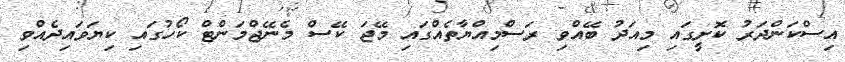
އިސްކަންދަރު ކޮށީގައި މިއަދު ބޭއްވި ރަސްމިއްޔާތެއްގައި މޭޖަ ކޭސް މެނޭޖްމަންޓް ކޯހުގައި ކިޔަވައިދެއްވި